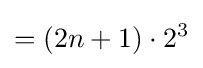
=(2n+1)\cdot 2^{3}